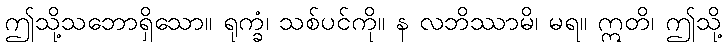
ဤသို့သဘောရှိသော။ ရုက္ခံ၊ သစ်ပင်ကို။ န လဘိဿာမိ၊ မရ။ ဣတိ၊ ဤသို့